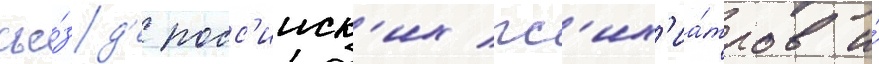
съе́зд'е росс'ииск'их пс'их'иа́тров и́